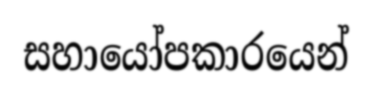
සහායෝපකාරයෙන්